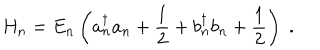
LaTeX: H _ { n } = E _ { n } \left( a _ { n } ^ { \dagger } a _ { n } + \frac { 1 } { 2 } + b _ { n } ^ { \dagger } b _ { n } + \frac { 1 } { 2 } \right) \; .